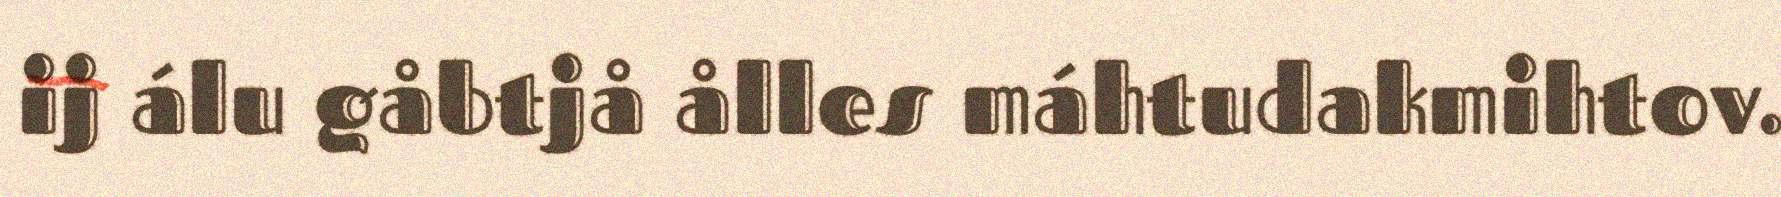
ij álu gåbtjå ålles máhtudakmihtov.